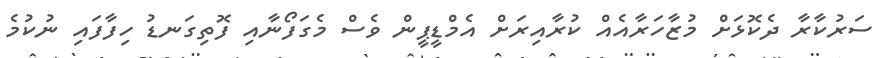
ސަރުކާރާ ދެކޮޅަށް މުޒާހަރާއެއް ކުރާއިރަށް އެމްޑީޕީން ވެސް މެގަފޯނާއި ފޮތިގަނޑު ހިފާފައި ނުކުމެ